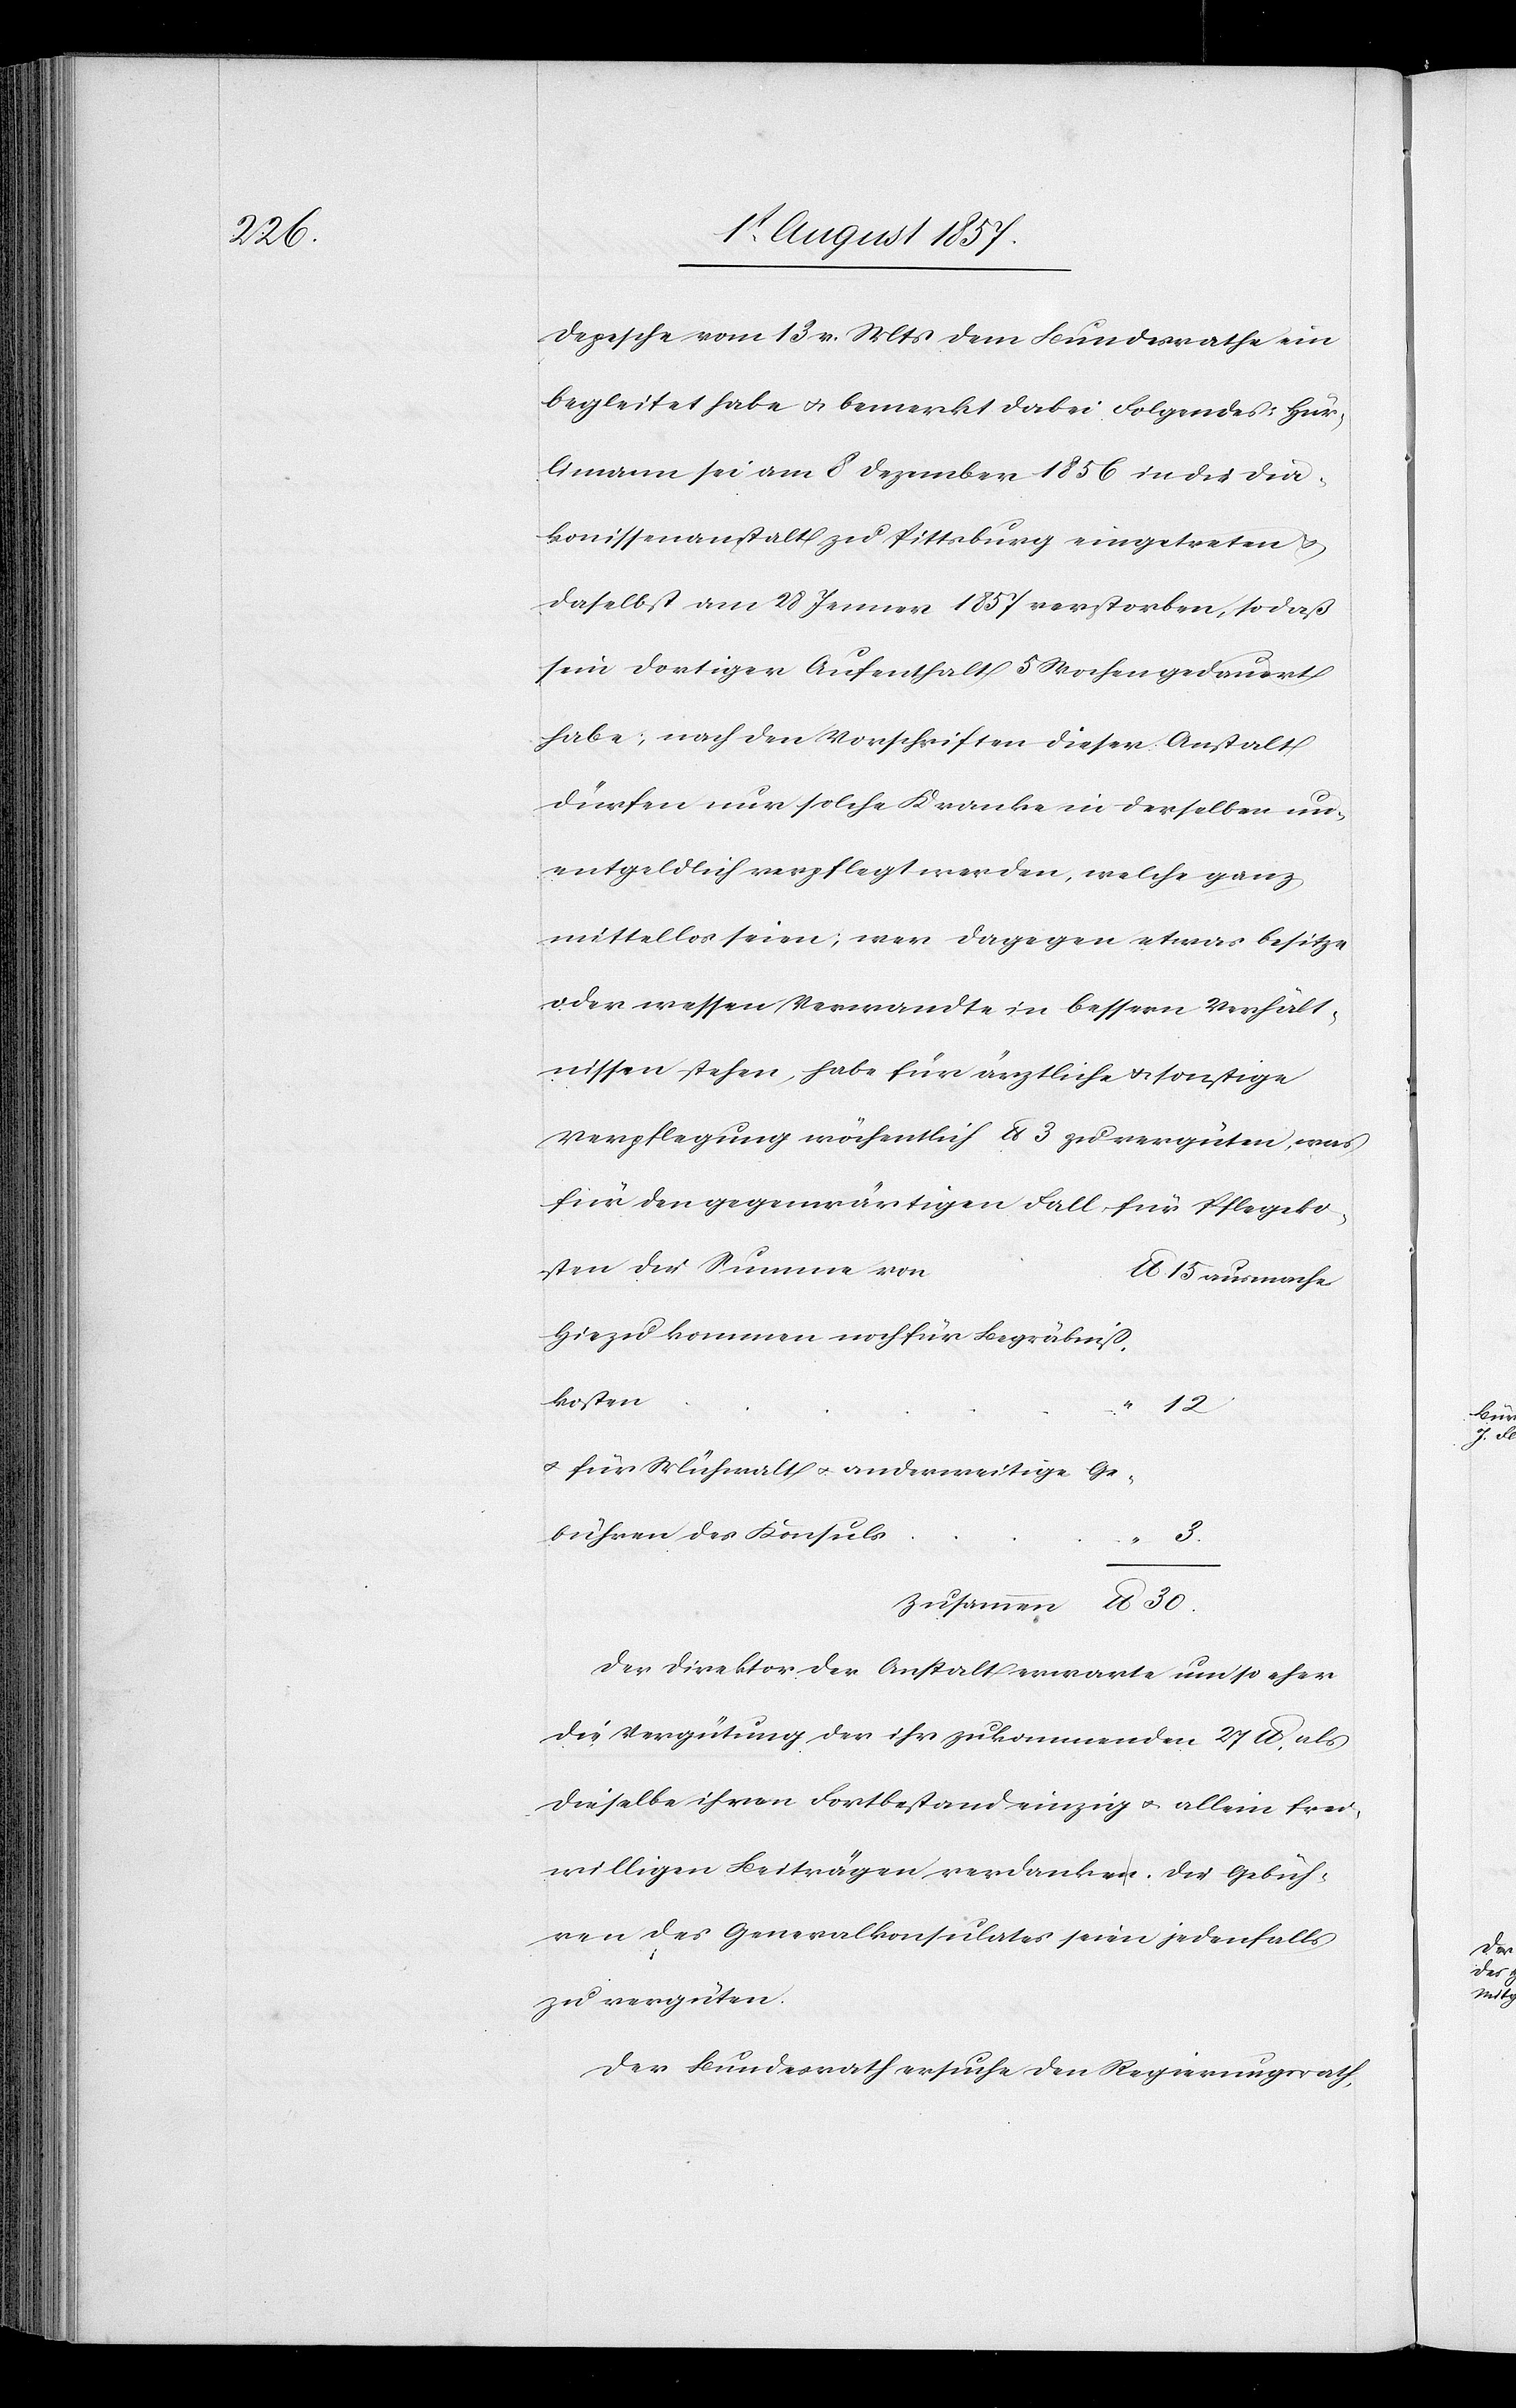
s				“

Depesche vom 13 d. Mts. dem Bundesrathe ein
begleitet habe & bemerkt dabei Folgendes: Hür¬
limann sei am 8 Dezember 1856 in die Dia¬
konissenanstalt zu Pittsburg eingetreten &
daselbst am 28 Jenner 1857 verstorben, so daß
sein dortiger Aufenthalt 5 Wochen gedauert
habe, nach den Vorschriften dieser Anstalt
dürfen nur solche Kranke in derselben un¬
entgeldlich verpflegt werden, welche ganz
mittellos seien; wer dagegen etwas besitze
oder wessen Verwandte in bessern Verhält¬
nissen stehen, habe für ärztliche & sonstige
Verpflegung wöchentlich lb 3 zu vergüten, was
für den gegenwärtigen Fall für Pflegko¬
lb. 15 ausmache.
Hiezu kommen noch für Begräbniß¬
koste¬
12.
& für Mühwalt & anderweitige Ge¬
bühren des Konsul¬
3.
Zusammen: lb. 30.
Der Direktor der Anstalt erwarte um so eher
die Vergütung der ihr zukommenden 21 lb. als
dieselbe ihren Fortbestand einzig & allein frei¬
willigen Beiträgen verdanker. Die Gebüh¬
ren des Generalkonsuls seien jedenfalls
zu vergüten.
Der Bundesrath ersuche den Regierungsrath,